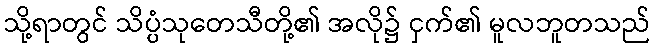
သို့ရာတွင် သိပ္ပံသုတေသီတို့၏ အလို၌ ငှက်၏ မူလဘူတသည်